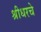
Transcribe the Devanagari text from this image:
श्रीधरचे